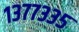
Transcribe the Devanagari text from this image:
१३७७३३५